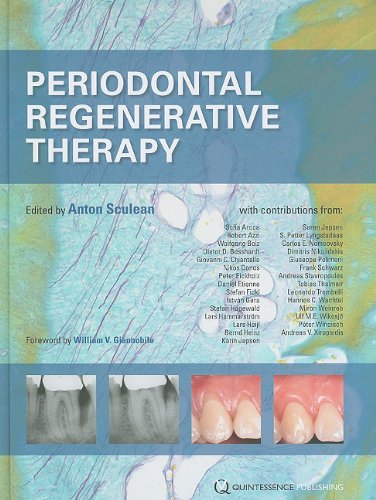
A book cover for Periodontal Regenerative Therapy; Anton Sculean; Medical Books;